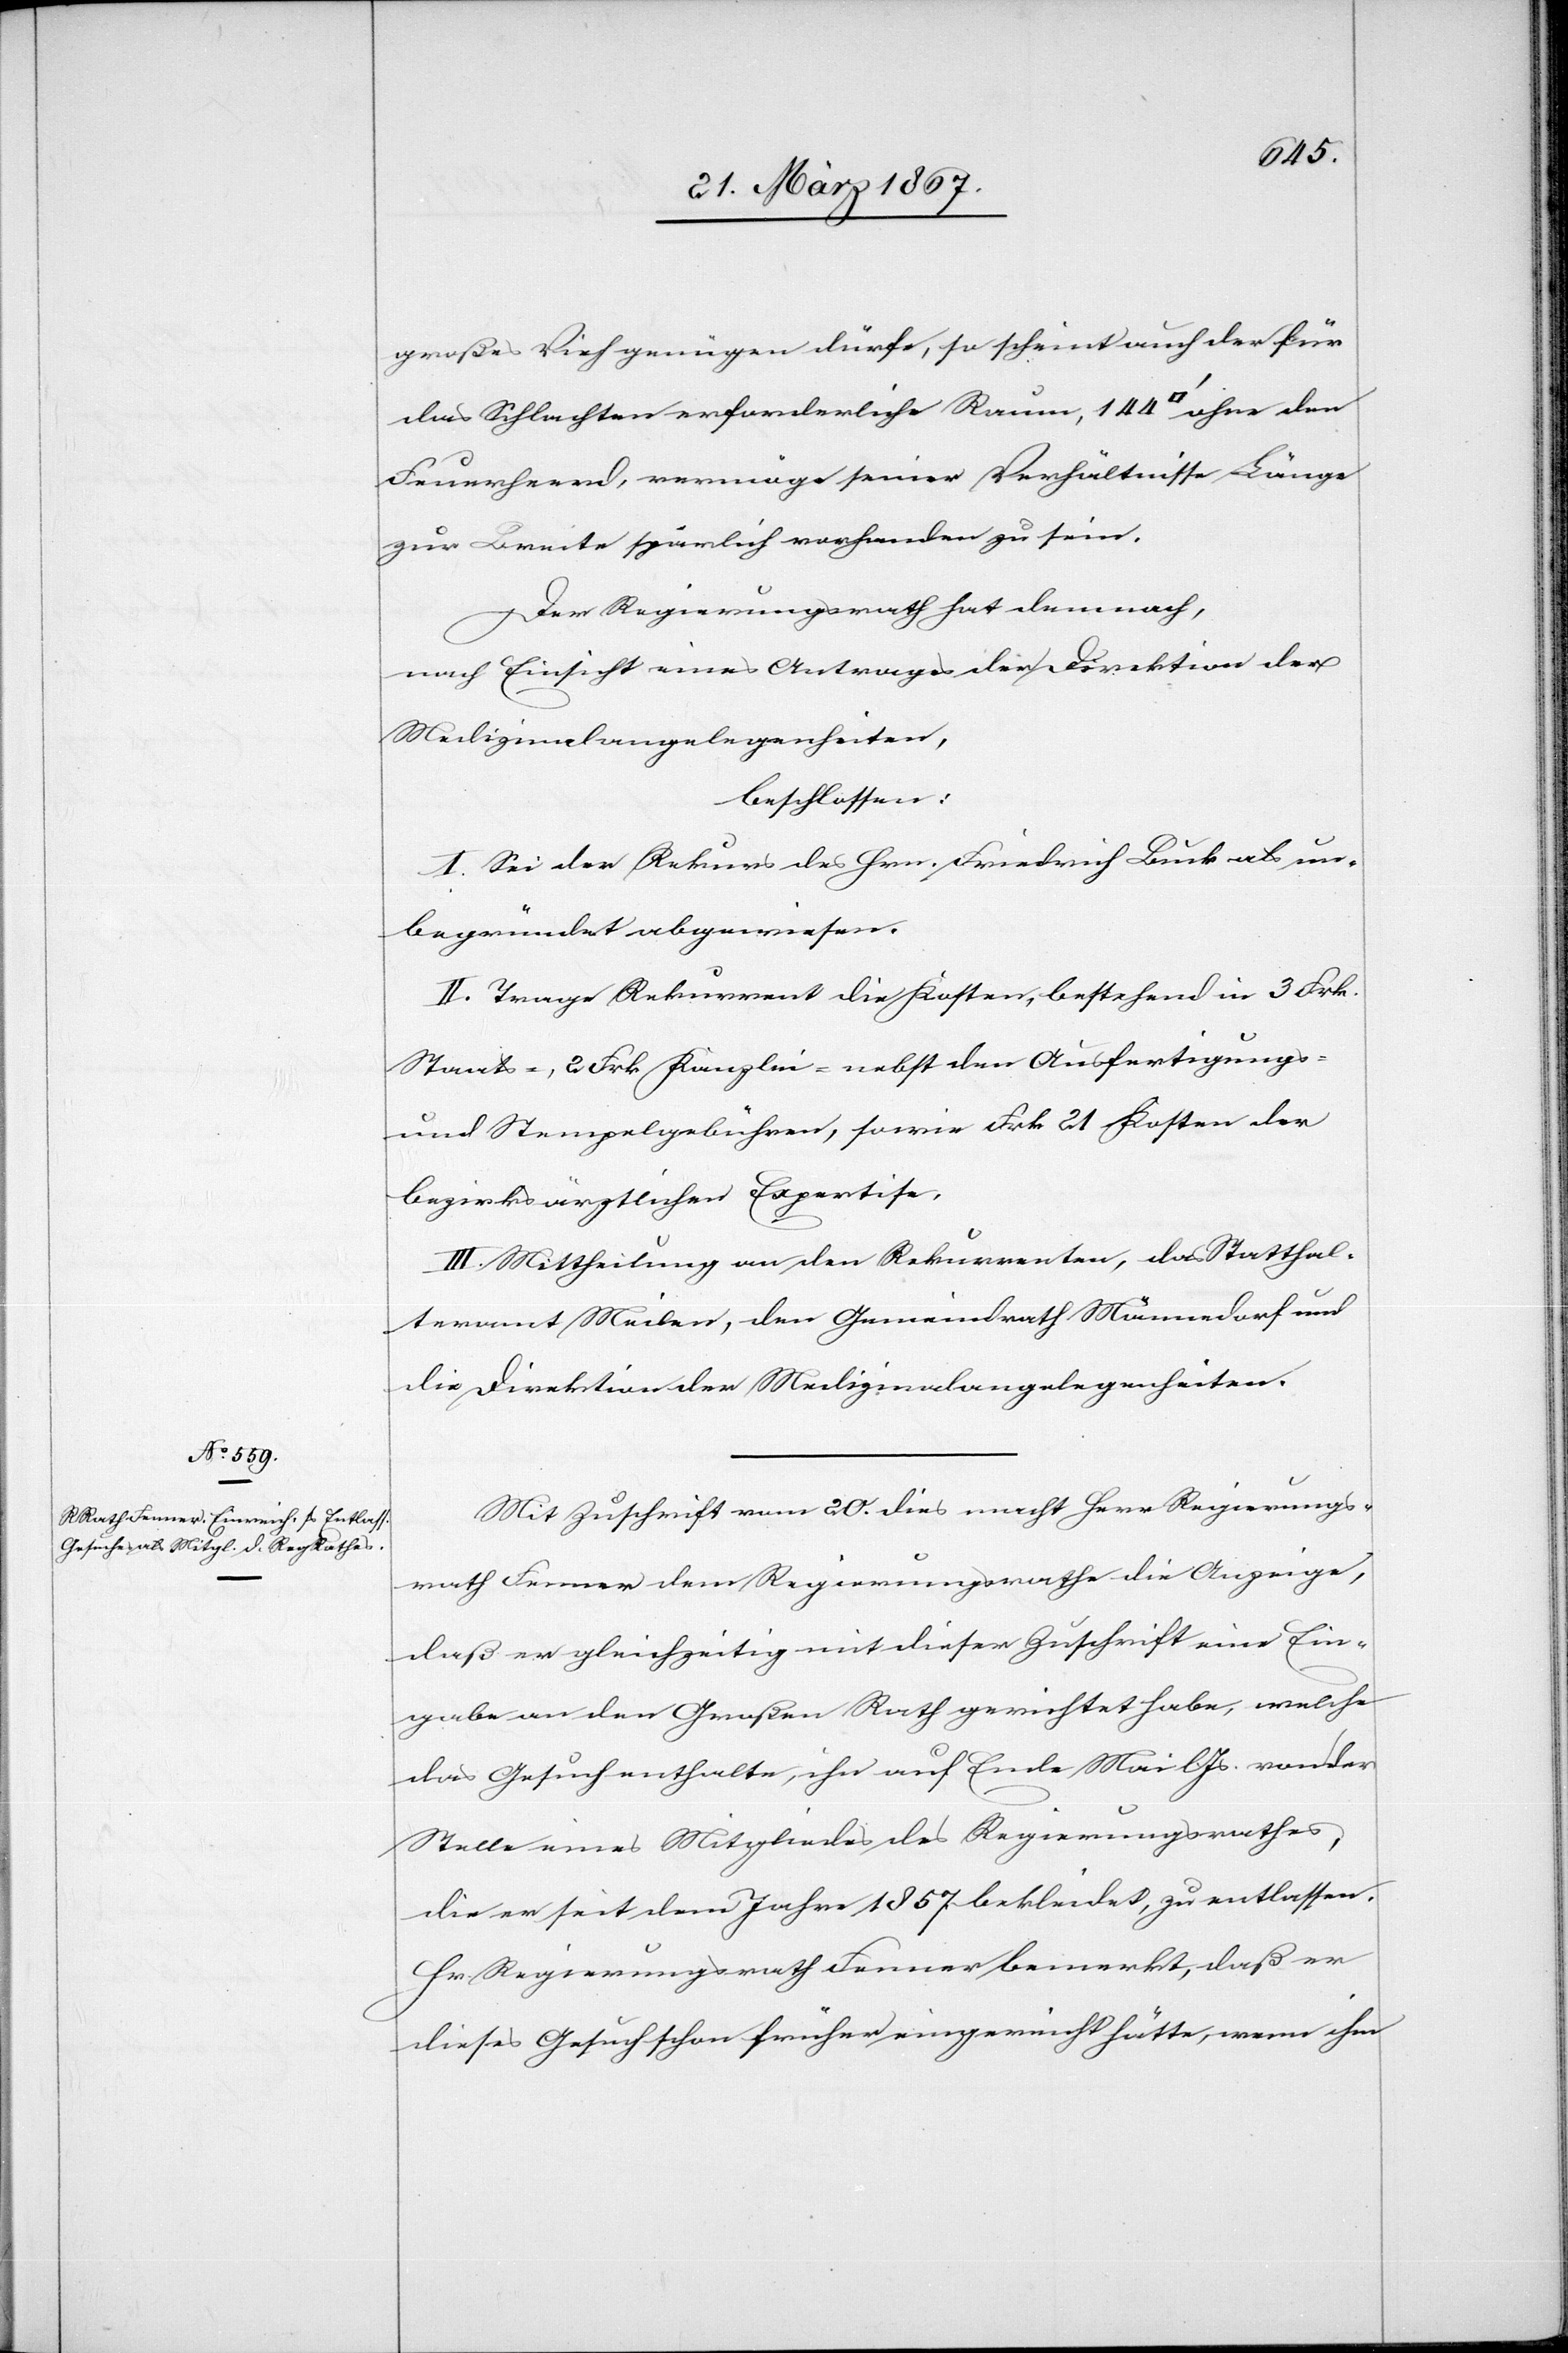
fuss]
großes Vieh genügen dürfe, so scheint auch der für
das Schlachten erforderliche Raum, 144 [Quadrat¬
Feuerherd, vermöge seiner Verhältnisse Länge
zu Breite spärlich vorhanden zu sein.
Der Regierungsrath hat demnach,
nach Einsicht eines Antrages der Direktion der
Medizinalangelegenheiten,
beschlossen:
I. Sei der Rekurs des Hrn. Friedrich Luck als un¬
begründet abgewiesen.
II. Trage Rekurrent die Kosten, bestehend in 3 Frk.
Staats-, 2 Frk. Kanzlei- nebst den Ausfertigungs-
und Stempelgebühren, sowie Frk 21 Kosten der
bezirksräthlichen Expertise.
III. Mittheilung an den Rekurrenten, das Statthal¬
teramt Meilen, den Gemeinderath Männedorf und
die Direktion der Medizinalangelegenheiten.
Mit Zuschrift vom 20. dies macht Herr Regierungs¬
rath Fenner dem Regierungsrathe die Anzeige,
daß er gleichzeitig mit dieser Zuschrift eine Ein¬
gabe an den Großen Rath gerichtet habe, welche
das Gesuch enthalte, ihn auf Ende Mai l. Js. von der
Stelle eines Mitgliedes des Regierungsrathes,
die er seit dem Jahre 1857 bekleidet, zu entlassen.
Hr. Regierungsrath Fenner bemerkt, daß er
dieses Gesuch früher eingereicht hätte, wenn ihm